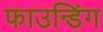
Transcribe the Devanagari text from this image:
फाउन्डिंग